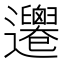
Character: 𨙙